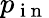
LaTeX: p_{\mathrm{~i~n~}}